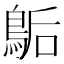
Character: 𪁆